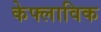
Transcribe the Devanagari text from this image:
केफ्लाविक